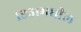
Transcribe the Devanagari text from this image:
१९५१मधील